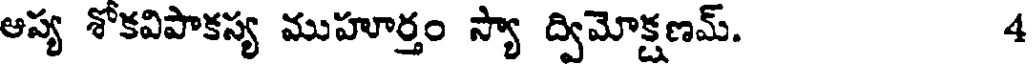
ఆప్య శోకవిపాకస్య ముహూర్తం స్యా ద్విమోక్షణమ్. 4